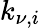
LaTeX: k_{\nu,i}